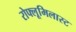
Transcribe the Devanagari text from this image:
रोफ्लूमिलास्ट